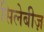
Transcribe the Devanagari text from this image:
सिलेबीज़